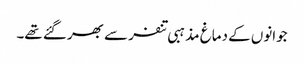
جوانوں کے دماغ مذہبی تنفر سے بھر گئے تھے۔